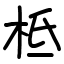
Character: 柢